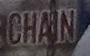
chain